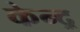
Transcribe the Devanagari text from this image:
केन्द्र्